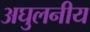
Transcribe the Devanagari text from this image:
अघुलनीय